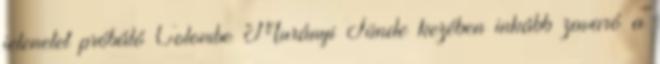
jelenetet próbáló Colombe Murányi Tünde kezében inkább zavaró a